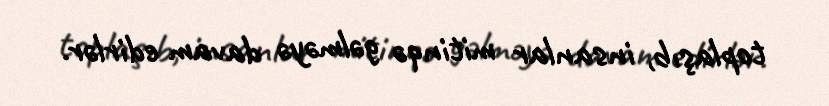
toplaşıb, insanlar mitinqə gəlməyə davam edirlər.